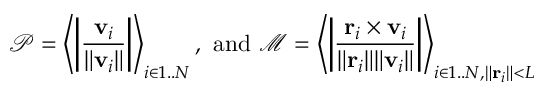
\mathcal P = \left\langle \left| \frac { \mathbf v _ { i } } { \| \mathbf v _ { i } \| } \right| \right\rangle _ { i \in 1 . . N } \mathrm { , ~ a n d } \ \mathcal M = \left\langle \left| \frac { \mathbf r _ { i } \times \mathbf v _ { i } } { \| \mathbf r _ { i } \| \| \mathbf v _ { i } \| } \right| \right\rangle _ { i \in 1 . . N , \| \mathbf r _ { i } \| < L }